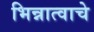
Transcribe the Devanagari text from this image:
भिन्नात्वाचे